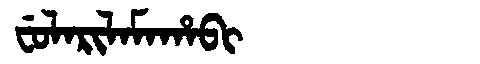
Manchu: ᠸᡠᠯᠠᡵᡳᠯᠠᠮᠠᡥᠠᠪᡳ
Romanization: FULARILAMAHABI